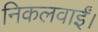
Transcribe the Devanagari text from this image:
निकलवाईं।